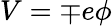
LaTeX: V=\mp e\phi